Report of the Imperial Institute of Veterinary Research, Muktesar
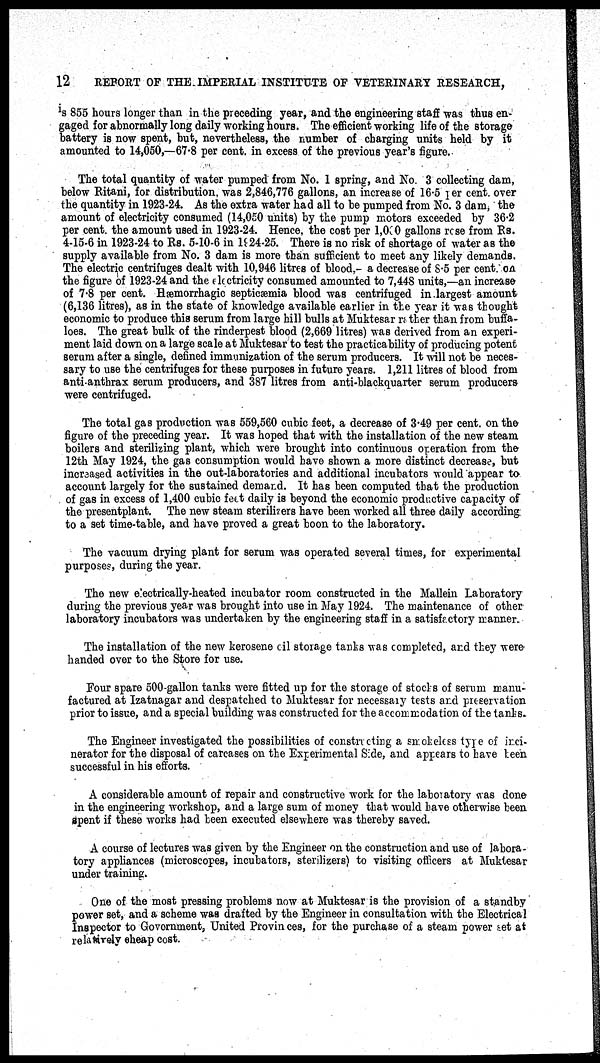
12
REPORT OF THE IMPERIAL INSTITUTE OF VETERINARY RESEARCH,
is 855 hours longer than in the preceding year, and the engineering staff was thus en-
gaged for abnormally long daily working hours. The efficient working life of the storage
battery is now spent, but, nevertheless, the number of charging units held by it
amounted to 14,050,—67.8 per cent. in excess of the previous year's figure.
The total quantity of water pumped from No. 1 spring, and No. 3 collecting dam,
below Ritani, for distribution, was 2,846,776 gallons, an increase of 16.5 per cent. over
the quantity in 1923-24. As the extra water had all to be pumped from No. 3 dam, the
amount of electricity consumed (14,050 units) by the pump motors exceeded by 36.2
per cent the amount used in 1923-24. Hence, the cost per 1,000 gallons rose from Rs.
4-15-6 in 1923-24 to Rs. 5-10-6 in 1924-25. There is no risk of shortage of water as the
supply available from No. 3 dam is more than sufficient to meet any likely demands.
The electric centrifuges dealt with 10,946 litres of blood,- a decrease of 8.5 per cent on
the figure of 1923-24 and the electricity consumed amounted to 7,448 units,—an increase
of 7.8 per cent. Hæmorrhagic septicæmia blood was centrifuged in largest amount
(6,136 litres), as in the state of knowledge available earlier in the year it was thought
economic to produce this serum from large hill bulls at Muktesar rather than from buffa-
loes. The great bulk of the rinderpest blood (2,669 litres) was derived from an experi-
ment laid down on a large scale at Muktesar to test the practicability of producing potent
serum after a single, defined immunization of the serum producers. It will not be neces-
sary to use the centrifuges for these purposes in future years. 1,211 litres of blood from
anti-anthrax serum producers, and 387 litres from anti-blackquarter serum producers
were centrifuged.
The total gas production was 559,560 cubic feet, a decrease of 3.49 per cent. on the
figure of the preceding year. It was hoped that with the installation of the new steam
boilers and sterilizing plant, which were brought into continuous operation from the
12th May 1924, the gas consumption would have shown a more distinct decrease, but
increased activities in the out-laboratories and additional incubators would appear to
account largely for the sustained demand. It has been computed that the production
of gas in excess of 1,400 cubic feet daily is beyond the economic productive capacity of
the presentplant. The new steam sterilizers have been worked all three daily according
to a set time-table, and have proved a great boon to the laboratory.
The vacuum drying plant for serum was operated several times, for experimental
purposes, during the year.
The new e ectrically-heated incubator room constructed in the Mallein Laboratory
during the previous year was brought into use in May 1924. The maintenance of other
laboratory incubators was undertaken by the engineering staff in a satisfactory manner.
The installation of the new kerosene oil storage tanks was completed, and they were
handed over to the Store for use.
Four spare 500-gallon tanks were fitted up for the storage of stocks of serum manu-
factured at Izatnagar and despatched to Muktesar for necessary tests and preservation
prior to issue, and a special building was constructed for the accommodation of the tanks.
The Engineer investigated the possibilities of constructing a smokeless type of inci-
nerator for the disposal of carcases on the Experimental Side, and appears to have been
successful in his efforts.
A considerable amount of repair and constructive work for the laboratory was done
in the engineering workshop, and a large sum of money that would have otherwise been
spent if these works had been executed elsewhere was thereby saved.
A course of lectures was given by the Engineer on the construction and use of labora-
tory appliances (microscopes, incubators, sterilizers) to visiting officers at Muktesar
under training.
One of the most pressing problems now at Muktesar is the provision of a standby
power set, and a scheme was drafted by the Engineer in consultation with the Electrical
Inspector to Government, United Provinces, for the purchase of a steam power set at
relatively cheap cost.